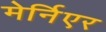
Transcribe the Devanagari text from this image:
मेर्निएर